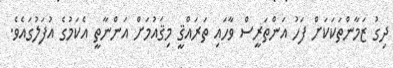
ދިގު ޒަމާންތަކަކަށް ފަހު އަންތަރީސް ވާހައި ތަރައްޤީ މިޤައުމަށް އަންނާތީ އެކަމުގެ އުފަލުގައެވެ.